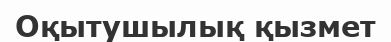
Оқытушылық қызмет